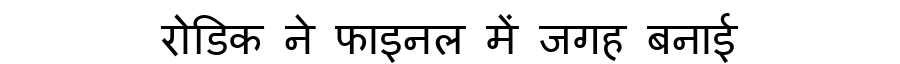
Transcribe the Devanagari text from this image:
रोडिक ने फाइनल में जगह बनाई